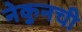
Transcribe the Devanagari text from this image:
नेकुनची